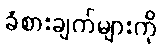
ခံစားချက်များကို